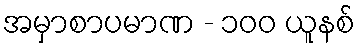
အမှာစာပမာဏ - ၁၀၀ ယူနစ်